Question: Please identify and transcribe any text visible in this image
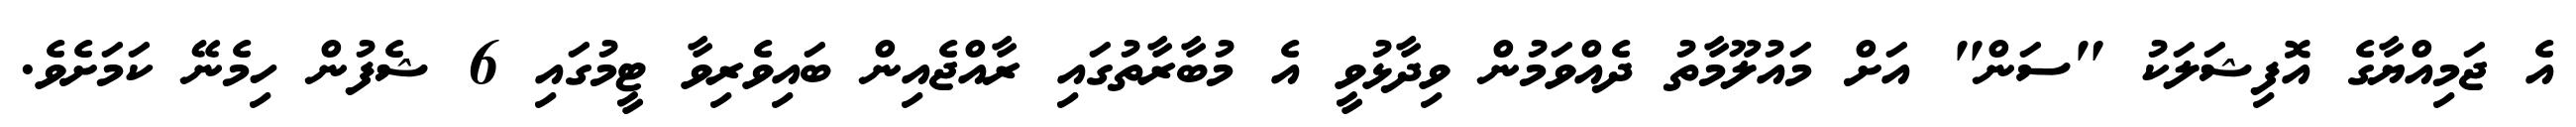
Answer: އެ ޖަމިއްޔާގެ އޮފިޝަލަކު "ސަން" އަށް މައުލޫމާތު ދެއްވަމުން ވިދާޅުވީ އެ މުބާރާތުގައި ރާއްޖެއިން ބައިވެރިވާ ޓީމުގައި 6 ޝެފުން ހިމެނޭ ކަމަށެވެ.